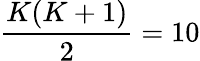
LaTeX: \frac{K(K+1)}{2}=10